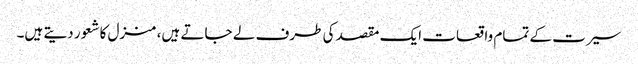
سیرت کے تمام واقعات ایک مقصد کی طرف لے جاتے ہیں، منزل کا شعور دیتے ہیں۔